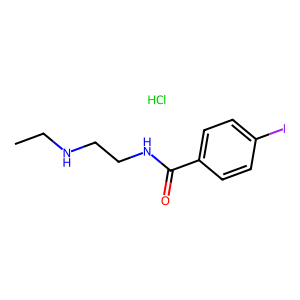
SMILES: CCNCCNC(=O)c1ccc(I)cc1.Cl
Inhibits HIV replication: No